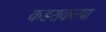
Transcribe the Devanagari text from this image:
कडराकल्पा